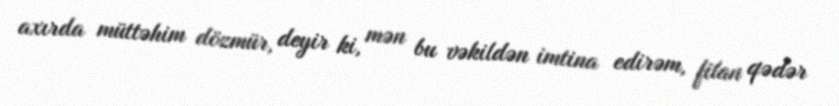
axırda müttəhim dözmür, deyir ki, mən bu vəkildən imtina edirəm, filan qədər